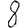
Digit: 8